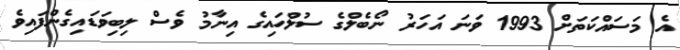
އެ މަސައްކަތަށް 1993 ވަނަ އަހަރު ނޯބެލްގެ ސުލްހައިގެ އިނާމު ވެސް ލިބިވަޑައިގެންފައިވެ